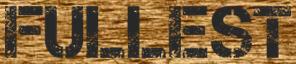
FULLEST